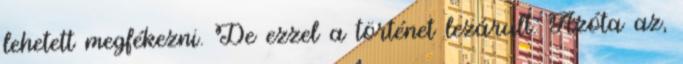
lehetett megfékezni. De ezzel a történet lezárult. Azóta az,